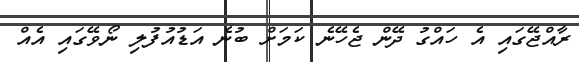
ރާއްޖޭގައި އެ ހައްގު ދޭން ޖެހޭނެ ކަމަށް ބުނެ އަޑުއުފުލި ނޯވޭގައި އެއް